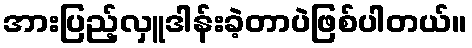
အားပြည့်လှူဒါန်းခဲ့တာပဲဖြစ်ပါတယ်။